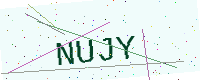
Text: NUJY